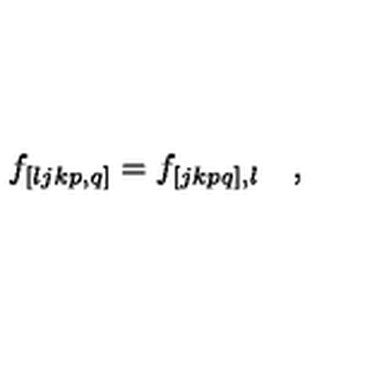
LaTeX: f _ { [ l j k p , q ] } = f _ { [ j k p q ] , l } \quad ,